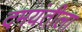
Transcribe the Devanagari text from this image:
दमयंतीला